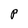
Character: P